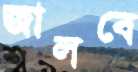
জালবে